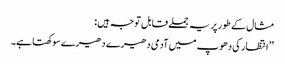
مثال کے طور پر یہ جملے قابل توجہ ہیں :
’’ انتظار کی دھوپ میں آدمی دھیرے دھیرے سوکھتا ہے۔